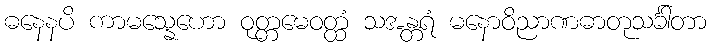
ဓနေနပိ ကာမသ္နေဟော ဝုတ္တမေဝတ္ထံ သအန္တရံ မနောဝိညာဏဓာတုသင်္ခါတာ